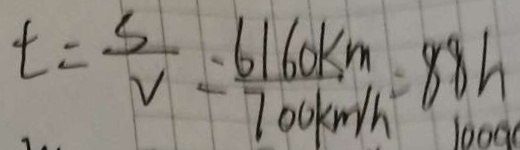
t = \frac { s } { V } = \frac { 6 1 6 0 k m } { 7 0 0 k m / k } = 8 8 h